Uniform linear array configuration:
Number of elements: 32
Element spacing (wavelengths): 1
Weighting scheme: blackman
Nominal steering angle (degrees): -15
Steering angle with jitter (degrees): -14.899
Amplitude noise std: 0.05
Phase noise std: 0.05

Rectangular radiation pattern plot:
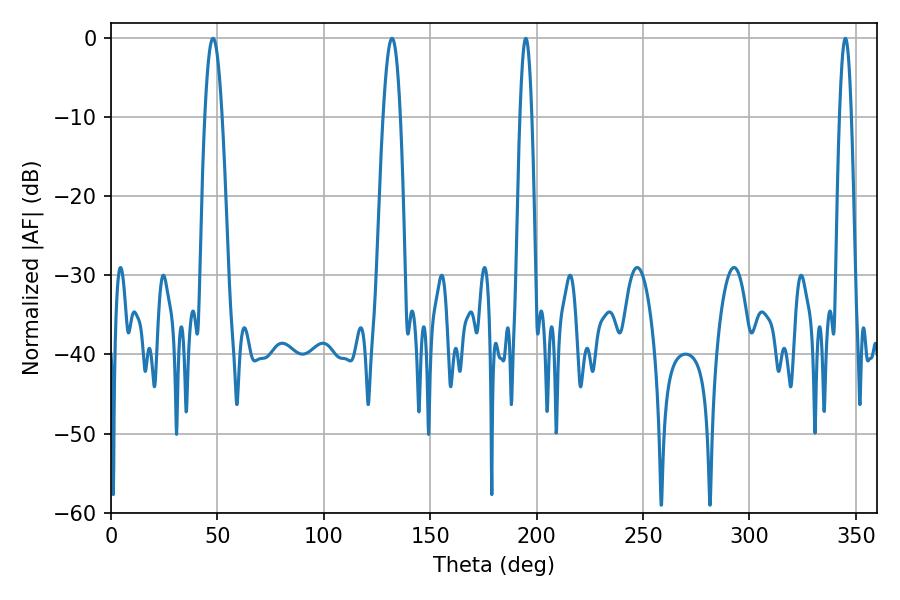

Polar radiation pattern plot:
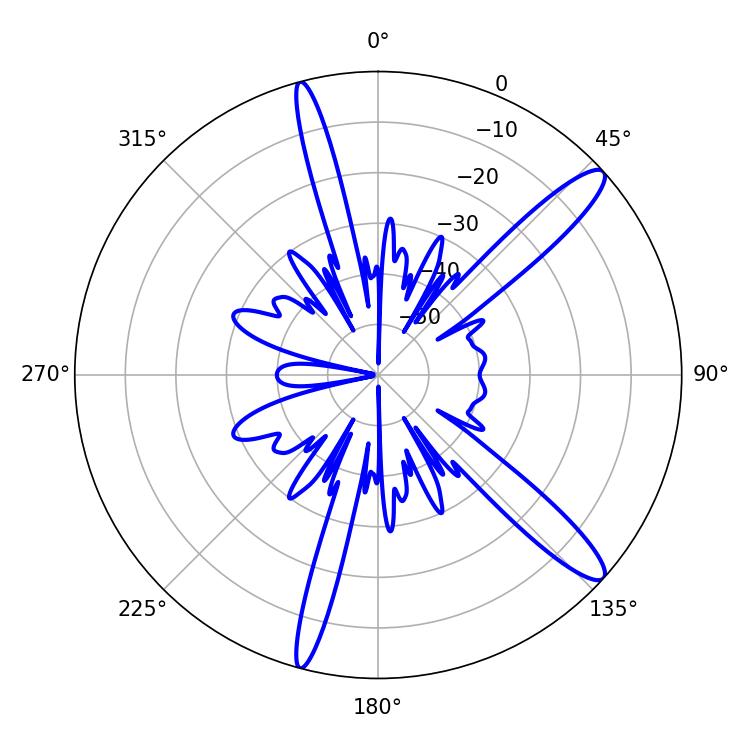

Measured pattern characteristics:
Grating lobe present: TRUE
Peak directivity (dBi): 13.233
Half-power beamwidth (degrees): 2.88
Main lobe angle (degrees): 194.94